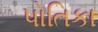
પોતિકા